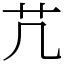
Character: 芁